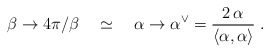
\begin{align*}\beta \rightarrow 4\pi /\beta \quad \simeq \quad \alpha \rightarrow \alpha^{\vee }=\frac{2\,\alpha }{\left\langle \alpha ,\alpha \right\rangle }\;.\end{align*}